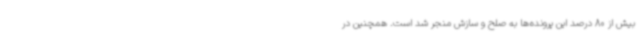
بیش از 80 درصد این پرونده‌ها به صلح و سازش منجر شد است. همچنین در